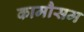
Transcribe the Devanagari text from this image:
कामौसम